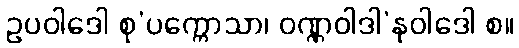
ဥပဝါဒေါ စု’ပက္ကောသာ၊ ဝဏ္ဏဝါဒါ’နုဝါဒေါ စ။